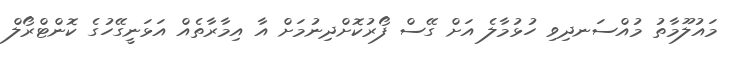
މައުލޫމާތު މުއްސަނދިވި ހުޅުމާލެ އަށް ގޭސް ފޯރުކޮށްދިނުމަށް އާ އިމާރާތެއް އަޅަނީގޭހުގެ ކޮންޓްރޯލް